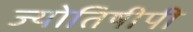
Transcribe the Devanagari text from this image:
ज्योतिषीपी